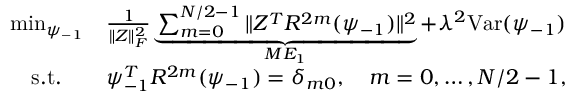
\begin{array} { c c } { \operatorname* { m i n } _ { \psi _ { - 1 } } } & { \frac { 1 } { \| Z \| _ { F } ^ { 2 } } \underbrace { \sum _ { m = 0 } ^ { N / 2 - 1 } \| Z ^ { T } R ^ { 2 m } ( \psi _ { - 1 } ) \| ^ { 2 } } _ { M E _ { 1 } } + \lambda ^ { 2 } \mathrm { V a r } ( \psi _ { - 1 } ) } \\ { \mathrm { s . t . } } & { \psi _ { - 1 } ^ { T } R ^ { 2 m } ( \psi _ { - 1 } ) = \delta _ { m 0 } , \quad m = 0 , \hdots , N / 2 - 1 , } \end{array}